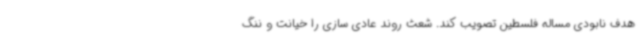
هدف نابودی مساله فلسطین تصویب کند. شعث روند عادی سازی را خیانت و ننگ